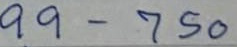
99 -750